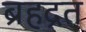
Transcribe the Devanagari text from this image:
ब्रहद्रत